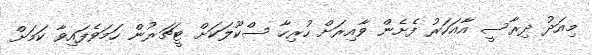
މިއަދު ދިރާސީ އާއަހަރު ފެށެން ވާއިރަށް ހުރިހާ ސްކޫލަކަށް ޓީޗަރުން ހަމަވެފައިވާ ކަމަށް